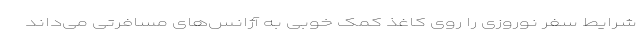
شرایط سفر نوروزی را روی کاغذ کمک خوبی به آژانس‌های مسافرتی می‌داند